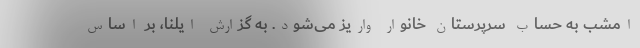
امشب به حساب سرپرستان خانوار واریز می‌شود. به گزارش ایلنا، بر اساس